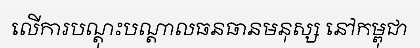
លើការបណ្តុះបណ្តាលធនធានមនុស្ស នៅកម្ពុជា